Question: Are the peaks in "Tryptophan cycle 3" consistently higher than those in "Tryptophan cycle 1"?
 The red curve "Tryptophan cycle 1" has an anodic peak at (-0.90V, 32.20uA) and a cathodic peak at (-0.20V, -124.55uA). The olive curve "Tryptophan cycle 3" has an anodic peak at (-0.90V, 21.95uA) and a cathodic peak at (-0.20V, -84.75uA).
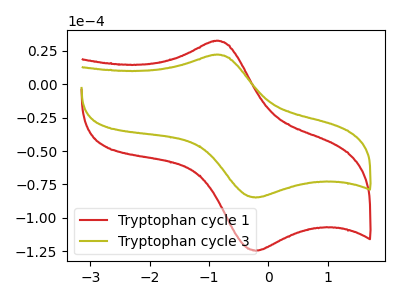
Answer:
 <answer>Every peak in "Tryptophan cycle 3" is lower than every peak in "Tryptophan cycle 1".</answer>
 <eval>lower</eval>